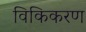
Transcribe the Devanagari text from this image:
विकिकरण